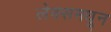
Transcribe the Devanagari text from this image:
लेक्समधून